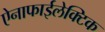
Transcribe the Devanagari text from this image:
ऐनाफाईलेक्टिक